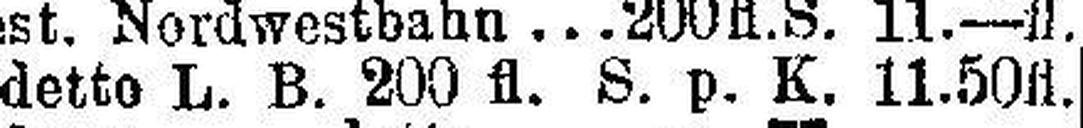
detto L. B. 200 fl. S. p. K. 11.50 fl.